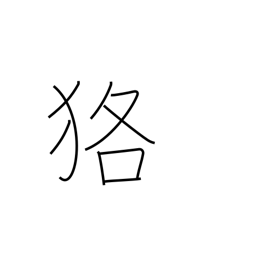
Meaning: badger